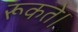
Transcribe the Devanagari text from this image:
रूकते।